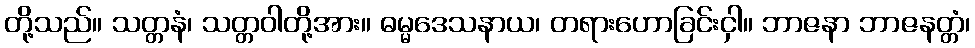
တို့သည်။ သတ္တနံ၊ သတ္တဝါတို့အား။ ဓမ္မဒေသနာယ၊ တရားဟောခြင်းငှါ။ ဘာဇနာ ဘာဇနတ္တံ၊